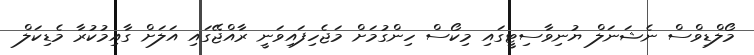
މޯލްޑިވްސް ނެޝަނަލް ޔުނިވާސިޓީގައި މިކޯސް ހިންގުމަށް މަޖެހިފައިވަނީ ރާއްޖޭގައި އަލަށް ގާއިމުކުރާ މެޑިކަލް